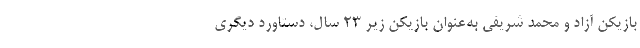
بازیکن آزاد و محمد شریفی به‌عنوان بازیکن زیر 23 سال، دستاورد دیگری